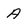
Character: A